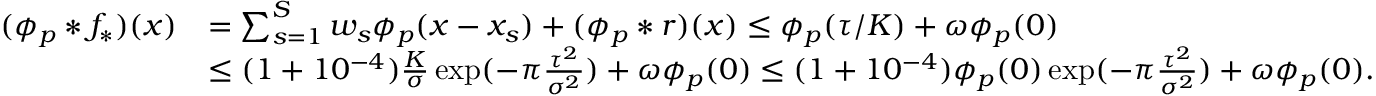
\begin{array} { r l } { ( \phi _ { p } * f _ { * } ) ( x ) } & { = \sum _ { s = 1 } ^ { S } w _ { s } \phi _ { p } ( x - x _ { s } ) + ( \phi _ { p } * r ) ( x ) \le \phi _ { p } ( \tau / K ) + \omega \phi _ { p } ( 0 ) } \\ & { \le ( 1 + 1 0 ^ { - 4 } ) \frac { K } { \sigma } \exp ( - \pi \frac { \tau ^ { 2 } } { \sigma ^ { 2 } } ) + \omega \phi _ { p } ( 0 ) \le ( 1 + 1 0 ^ { - 4 } ) \phi _ { p } ( 0 ) \exp ( - \pi \frac { \tau ^ { 2 } } { \sigma ^ { 2 } } ) + \omega \phi _ { p } ( 0 ) . } \end{array}